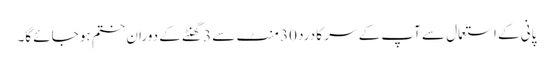
پانی کے استعمال سے آپ کے سر کا درد 30 منٹ سے 3 گھنٹے کے دوران ختم ہو جائے گا۔